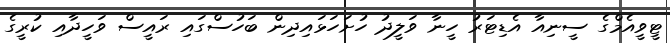
ޓީވީއެމްގެ ސީނިއާ އެޑިޓަރު ހީނާ ވަލީދު ހުށަހަޅައިދިން ބަހުސްގައި ރައީސް ވަހީދާއި ކުރީގެ